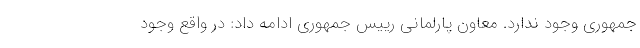
جمهوری وجود ندارد. معاون پارلمانی رییس جمهوری ادامه داد: در واقع وجود